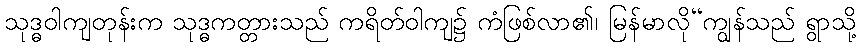
သုဒ္ဓဝါကျတုန်းက သုဒ္ဓကတ္တားသည် ကရိတ်ဝါကျ၌ ကံဖြစ်လာ၏၊ မြန်မာလို“ကျွန်သည် ရွာသို့